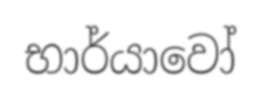
භාර්යාවෝ